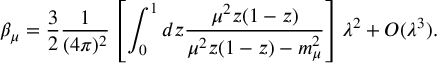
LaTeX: \beta _ { \mu } = \frac { 3 } { 2 } \frac { 1 } { ( 4 \pi ) ^ { 2 } } \left[ \int _ { 0 } ^ { 1 } d z \frac { \mu ^ { 2 } z ( 1 - z ) } { \mu ^ { 2 } z ( 1 - z ) - m _ { \mu } ^ { 2 } } \right] \lambda ^ { 2 } + O ( \lambda ^ { 3 } ) .